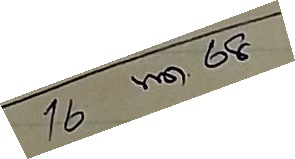
16 พ.ค. 68